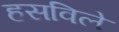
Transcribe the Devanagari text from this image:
हसविले